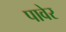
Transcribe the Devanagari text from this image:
पावेर